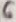
Text: 6